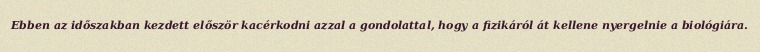
Ebben az időszakban kezdett először kacérkodni azzal a gondolattal, hogy a fizikáról át kellene nyergelnie a biológiára.